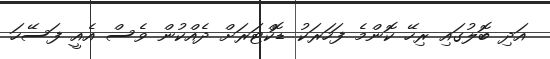
އަދި ބޮލުގައި ރިހޭ ކޮންމެ ފަހަރަކު ޑޮކްޓަރަށް ދެއްކުން ވެސް އެއީ ފަސޭހަ